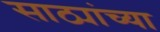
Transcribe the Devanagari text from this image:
साठ्यांच्या